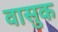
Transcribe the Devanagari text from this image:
वासुक